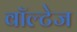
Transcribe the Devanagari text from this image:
वॉल्टेज